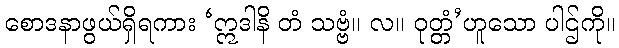
စောဒနာဖွယ်ရှိရကား ‘ဣဒါနိ တံ သဗ္ဗံ။ လ။ ဝုတ္တံ’ဟူသော ပါဌ်ကို။